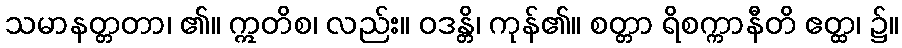
သမာနတ္တတာ၊ ၏။ ဣတိစ၊ လည်း။ ဝဒန္တိ၊ ကုန်၏။ စတ္တာ ရိစက္ကာနီတိ ဧတ္ထ၊ ၌။